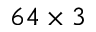
6 4 \times 3